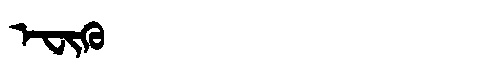
Manchu: ᡝᠸᡳᡴᡠ
Romanization: EFIKU